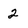
Character: 2